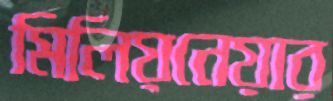
মিলিয়নেয়ার